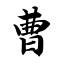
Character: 曹